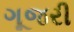
ગૂજરી